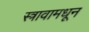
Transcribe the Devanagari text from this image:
स्त्रावामधून